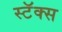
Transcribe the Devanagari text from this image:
स्टॅक्स